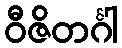
ဝီဇိတင်္ဂါ